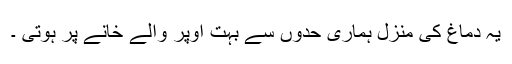
یہ دماغ کی منزل ہماری حدوں سے بہت اوپر والے خانے پر ہوتی ۔